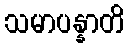
သမာပန္နာတိ